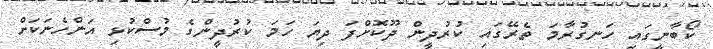
ކޯބާނީގައި ހަނގުރާމަ ތެރޭގައި ކުރުދީން ދޫކޮށްފަ ދިޔަ ހަމަ ކުރުދީންގެ މުސްކުޅި އަންހެނަކަށް